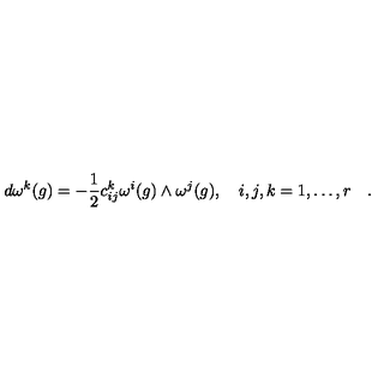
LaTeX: d \omega ^ { k } ( g ) = - \frac { 1 } { 2 } c _ { i j } ^ { k } \omega ^ { i } ( g ) \wedge \omega ^ { j } ( g ) , \quad i , j , k = 1 , \ldots , r \quad .